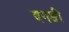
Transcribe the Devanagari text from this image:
दगङी